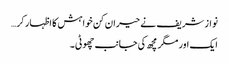
نواز شریف نے حیران کن خواہش کا اظہار کر…
ایک اور مگر مچھ کی جانب چھوٹی۔